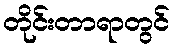
တိုင်းတာရာတွင်